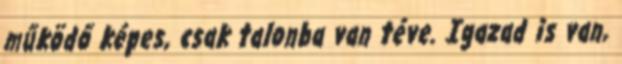
működő képes, csak talonba van téve. Igazad is van,